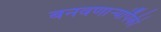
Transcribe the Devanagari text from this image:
बनवणार्‍यांपैकी